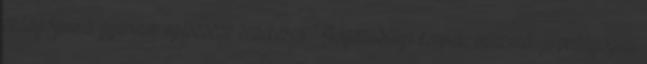
pedagógus a gyermek egészsége érdekében? Jogszabályi keretek, intézményi pedagógiai